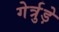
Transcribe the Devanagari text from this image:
गेर्त्रुड़े